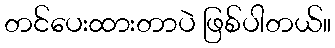
တင်ပေးထားတာပဲ ဖြစ်ပါတယ်။